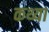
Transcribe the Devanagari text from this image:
कथ्या